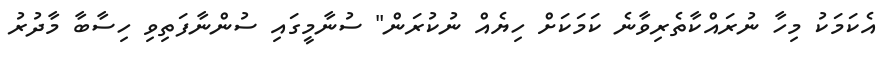
އެކަމަކު މިހާ ނުރައްކާތެރިވާނެ ކަމަކަށް ހިޔެއް ނުކުރަން" ސުނާމީގައި ސުންނާފަތިވި ހިސާބާ މާދުރު